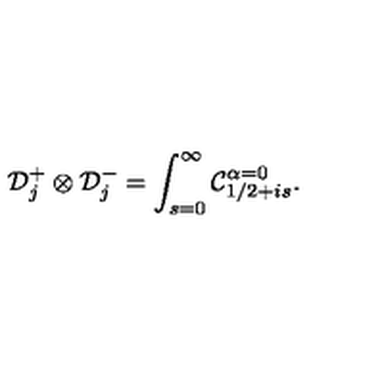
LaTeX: { \cal D } _ { j } ^ { + } \otimes { \cal D } _ { j } ^ { - } = \int _ { s = 0 } ^ { \infty } { \cal C } _ { 1 / 2 + i s } ^ { \alpha = 0 } .